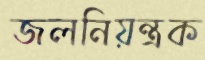
জলনিয়ন্ত্রক